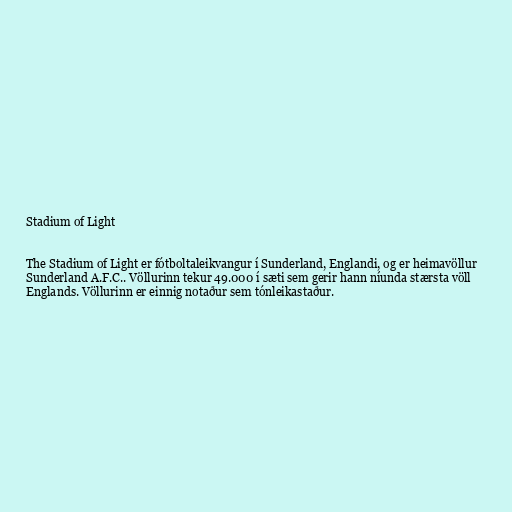
Stadium of Light

The Stadium of Light er fótboltaleikvangur í Sunderland, Englandi, og er heimavöllur
Sunderland A.F.C.. Völlurinn tekur 49.000 í sæti sem gerir hann níunda stærsta völl
Englands. Völlurinn er einnig notaður sem tónleikastaður.